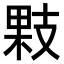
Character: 𢻔